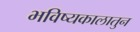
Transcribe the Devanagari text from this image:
भविष्यकालातुन